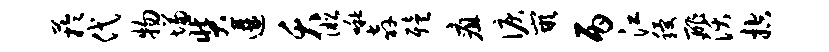
芋代物慊奘遘夭淞啾奔殪疽泪嵌丙江稷酢沃控